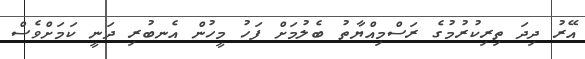
އޭރު ދިދަ ތިރިކުރުމުގެ ރަސްމިއްޔާތު ބެލުމަށް ފަހު މީހުން އެނބުރި ދަނީ ކަމަށްވެސް